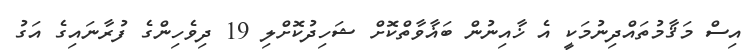
އިސް މަޤާމުތައްދިނުމަކީ އެ ޚާއިނުން ބަޣާވާތްކޮށް ޝަހިދުކޮށްލި 19 ދިވެހިންގެ ފުރާނައިގެ އަގު